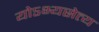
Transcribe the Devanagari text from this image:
योऽभ्यसेत्य